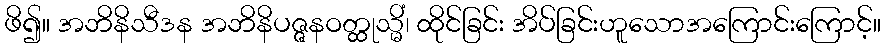
ဖိ၍။ အဘိနိသီဒန အဘိနိပဇ္ဇနဝတ္ထုသ္မိံ၊ ထိုင်ခြင်း အိပ်ခြင်းဟူသောအကြောင်းကြောင့်။